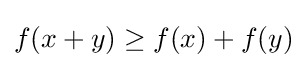
f(x+y)\geq f(x)+f(y)